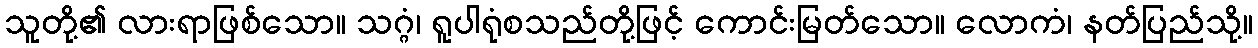
သူတို့၏ လားရာဖြစ်သော။ သဂ္ဂံ၊ ရူပါရုံစသည်တို့ဖြင့် ကောင်းမြတ်သော။ လောကံ၊ နတ်ပြည်သို့။